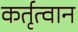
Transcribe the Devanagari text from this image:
कर्तृत्वान